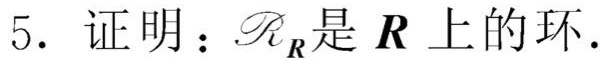
5. 证明：$\mathscr{R}_{\boldsymbol{R}}$是$\boldsymbol{R}$上的环.